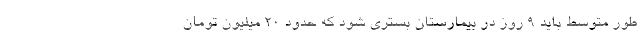
طور متوسط باید ۹ روز در بیمارستان بستری شود که حدود ۲۰ میلیون تومان